Report of the Bombay Plague Committee
Disease focus: Plague
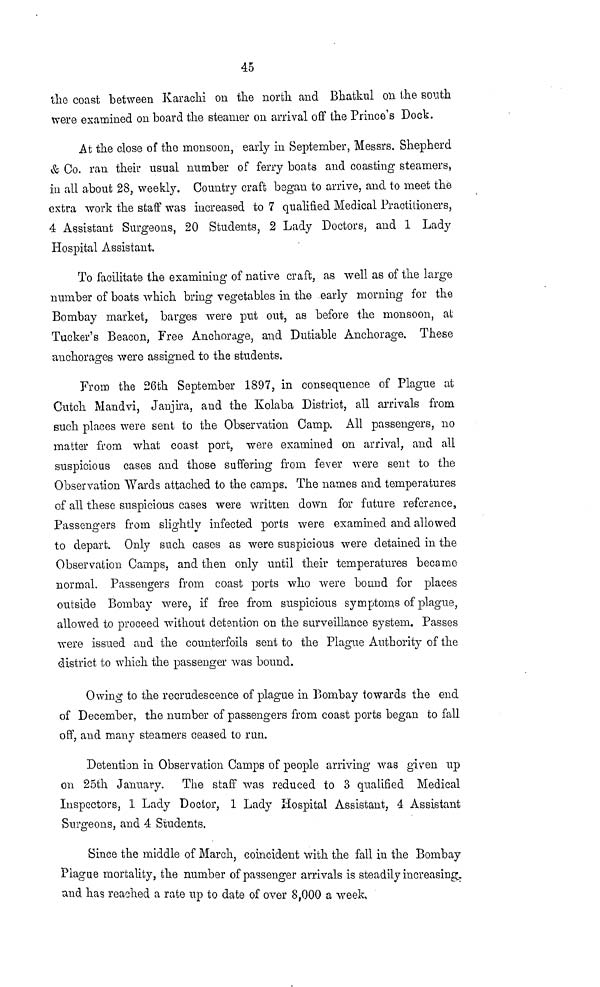
45
the coast between Karachi on the north and Bhatkul on the south
were examined on board the steamer on arrival off the Prince's Dock.
At the close of the monsoon, early in September, Messrs. Shepherd
& Co. ran their usual number of ferry boats and coasting steamers,
in all about 28, weekly. Country craft began to arrive, and to meet the
extra work the staff was increased to 7 qualified Medical Practitioners,
4 Assistant Surgeons, 20 Students, 2 Lady Doctors, and 1 Lady
Hospital Assistant.
To facilitate the examining of native craft, as well as of the large
number of boats which bring vegetables in the early morning for the
Bombay market, barges were put out, as before the monsoon, at
Tucker's Beacon, Free Anchorage, and Dutiable Anchorage. These
anchorages were assigned to the students.
From the 26th September 1897, in consequence of Plague at
Cutch Mandvi, Janjira, and the Kolaba District, all arrivals from
such places were sent to the Observation Camp. All passengers, no
matter from what coast port, were examined on arrival, and all
suspicious cases and those suffering from fever were sent to the
Observation Wards attached to the camps. The names and temperatures
of all these suspicious cases were written down for future reference,
Passengers from slightly infected ports were examined and allowed
to depart. Only such cases as were suspicious were detained in the
Observation Camps, and then only until their temperatures became
normal. Passengers from coast ports who were bound for places
outside Bombay were, if free from suspicious symptoms of plague,
allowed to proceed without detention on the surveillance system. Passes
were issued and the counterfoils sent to the Plague Authority of the
district to which the passenger was bound.
Owing to the recrudescence of plague in Bombay towards the end
of December, the number of passengers from coast ports began to fall
off, and many steamers ceased to run.
Detention in Observation Camps of people arriving was given up
on 25th January. The staff was reduced to 3 qualified Medical
Inspectors, 1 Lady Doctor, 1 Lady Hospital Assistant, 4 Assistant
Surgeons, and 4 Students.
Since the middle of March, coincident with the fall in the Bombay
Plague mortality, the number of passenger arrivals is steadily increasing,
and has reached a rate up to date of over 8,000 a week